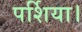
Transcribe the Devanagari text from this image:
पर्शिया।